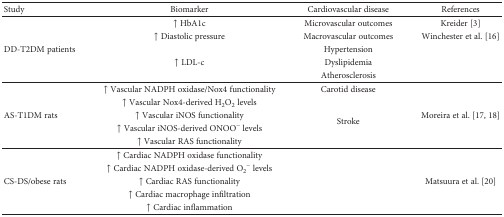
<table><thead><tr><td><b>Study</b></td><td><b>Biomarker</b></td><td><b>Cardiovascular disease</b></td><td><b>References</b></td></tr></thead><tbody><tr><td rowspan="5">DD-T2DM patients</td><td>↑ HbA1c</td><td>Microvascular outcomes</td><td>Kreider [3]</td></tr><tr><td>↑ Diastolic pressure</td><td>Macrovascular outcomes</td><td>Winchester et al. [16]</td></tr><tr><td rowspan="3">↑ LDL-c</td><td>Hypertension</td><td rowspan="3"></td></tr><tr><td>Dyslipidemia</td></tr><tr><td>Atherosclerosis</td></tr><tr><td rowspan="5">AS-T1DM rats</td><td>↑ Vascular NADPH oxidase/Nox4 functionality</td><td>Carotid disease</td><td rowspan="5">Moreira et al. [17, 18]</td></tr><tr><td>↑ Vascular Nox4-derived H<sub>2</sub>O<sub>2</sub> levels</td><td rowspan="4">Stroke</td></tr><tr><td>↑ Vascular iNOS functionality</td></tr><tr><td>↑ Vascular iNOS-derived ONOO<sup>−</sup> levels</td></tr><tr><td>↑ Vascular RAS functionality</td></tr><tr><td rowspan="5">CS-DS/obese rats</td><td>↑ Cardiac NADPH oxidase functionality</td><td rowspan="5"></td><td rowspan="5">Matsuura et al. [20]</td></tr><tr><td>↑ Cardiac NADPH oxidase-derived O<sub>2</sub><sup>−</sup> levels</td></tr><tr><td>↑ Cardiac RAS functionality</td></tr><tr><td>↑ Cardiac macrophage infiltration</td></tr><tr><td>↑ Cardiac inflammation</td></tr></tbody></table>